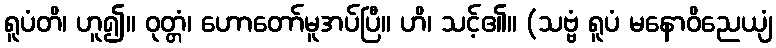
ရူပံတိ၊ ဟူ၍။ ဝုတ္တံ၊ ဟောတော်မူအပ်ပြီ။ ဟိ၊ သင့်၏။ (သဗ္ဗံ ရူပံ မနောဝိညေယျံ